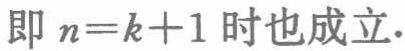
即 \(n = k + 1\) 时也成立.